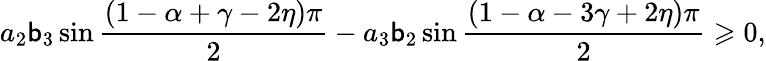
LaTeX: a_{2}\mathsf{b}_{3}\sin\frac{{\left(1-\alpha+\gamma-2\eta\right)\pi}}{{2}}-a_{3}\mathsf{b}_{2}\sin\frac{{\left(1-\alpha-3\gamma+2\eta\right)\pi}}{{2}}\geqslant0,